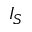
I _ { S }